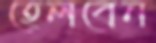
হেলবেন